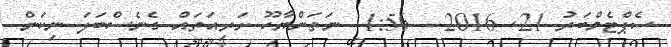
ސެޕްޓެމްބަރު 21